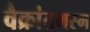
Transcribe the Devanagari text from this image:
वैक्रांतभस्म